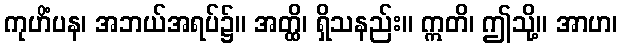
ကုဟိံပန၊ အဘယ်အရပ်၌။ အတ္ထိ၊ ရှိသနည်း။ ဣတိ၊ ဤသို့။ အာဟ၊